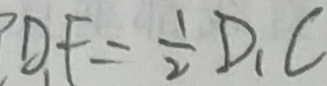
D _ { 1 } F = \frac { 1 } { 2 } D _ { 1 } C